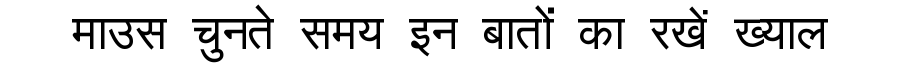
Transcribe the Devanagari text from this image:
माउस चुनते समय इन बातों का रखें ख्याल